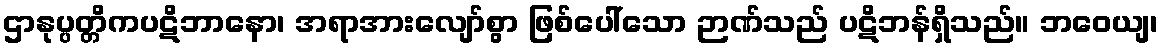
ဌာနုပ္ပတ္တိကပဋိဘာနော၊ အရာအားလျော်စွာ ဖြစ်ပေါ်သော ဉာဏ်သည် ပဋိဘန်ရှိသည်။ ဘဝေယျ၊